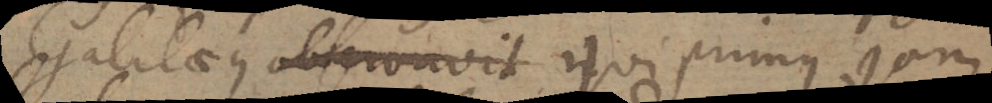
Galilaeus observavit qui primus jam